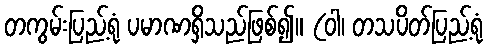
တကွမ်းပြည့်ရုံ ပမာဏရှိသည်ဖြစ်၍။ (ဝါ၊ တသပိတ်ပြည့်ရုံ